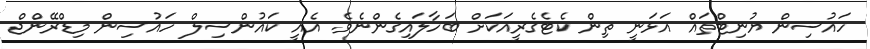
ހައުސިން ޔުނިޓްތައް އަޅަނީ ތިން ކެޓެގެރީއަކަށް ބަހާލައިގެންނެވެ. އެއީ ކައުންސިލް ހައުސިން މިޑްރޭންޖް